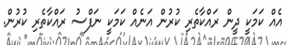
އެއް ކަމަކީ ދީން ރައްކާތެރި ކުރުން އަނެއް ކަމަކީ ނަފްސު ރައްކާތެރި ކުރުން.